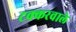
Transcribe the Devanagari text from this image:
टक्करवाले